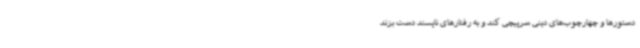
دستورها و چهارچوب‌های دینی سرپیچی کند و به رفتارهای ناپسند دست بزند